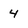
Character: 4